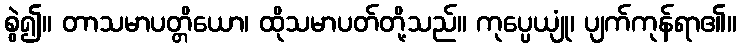
စွဲ၍။ တာသမာပတ္တိယော၊ ထိုသမာပတ်တို့သည်။ ကုပ္ပေယျုံ၊ ပျက်ကုန်ရာ၏။